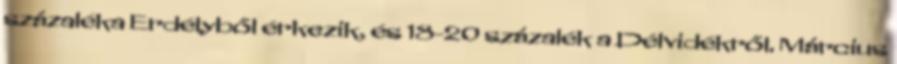
százaléka Erdélyből érkezik, és 18-20 százalék a Délvidékről. Március